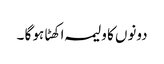
دونوں کا ولیمہ اکھٹا ہو گا ۔